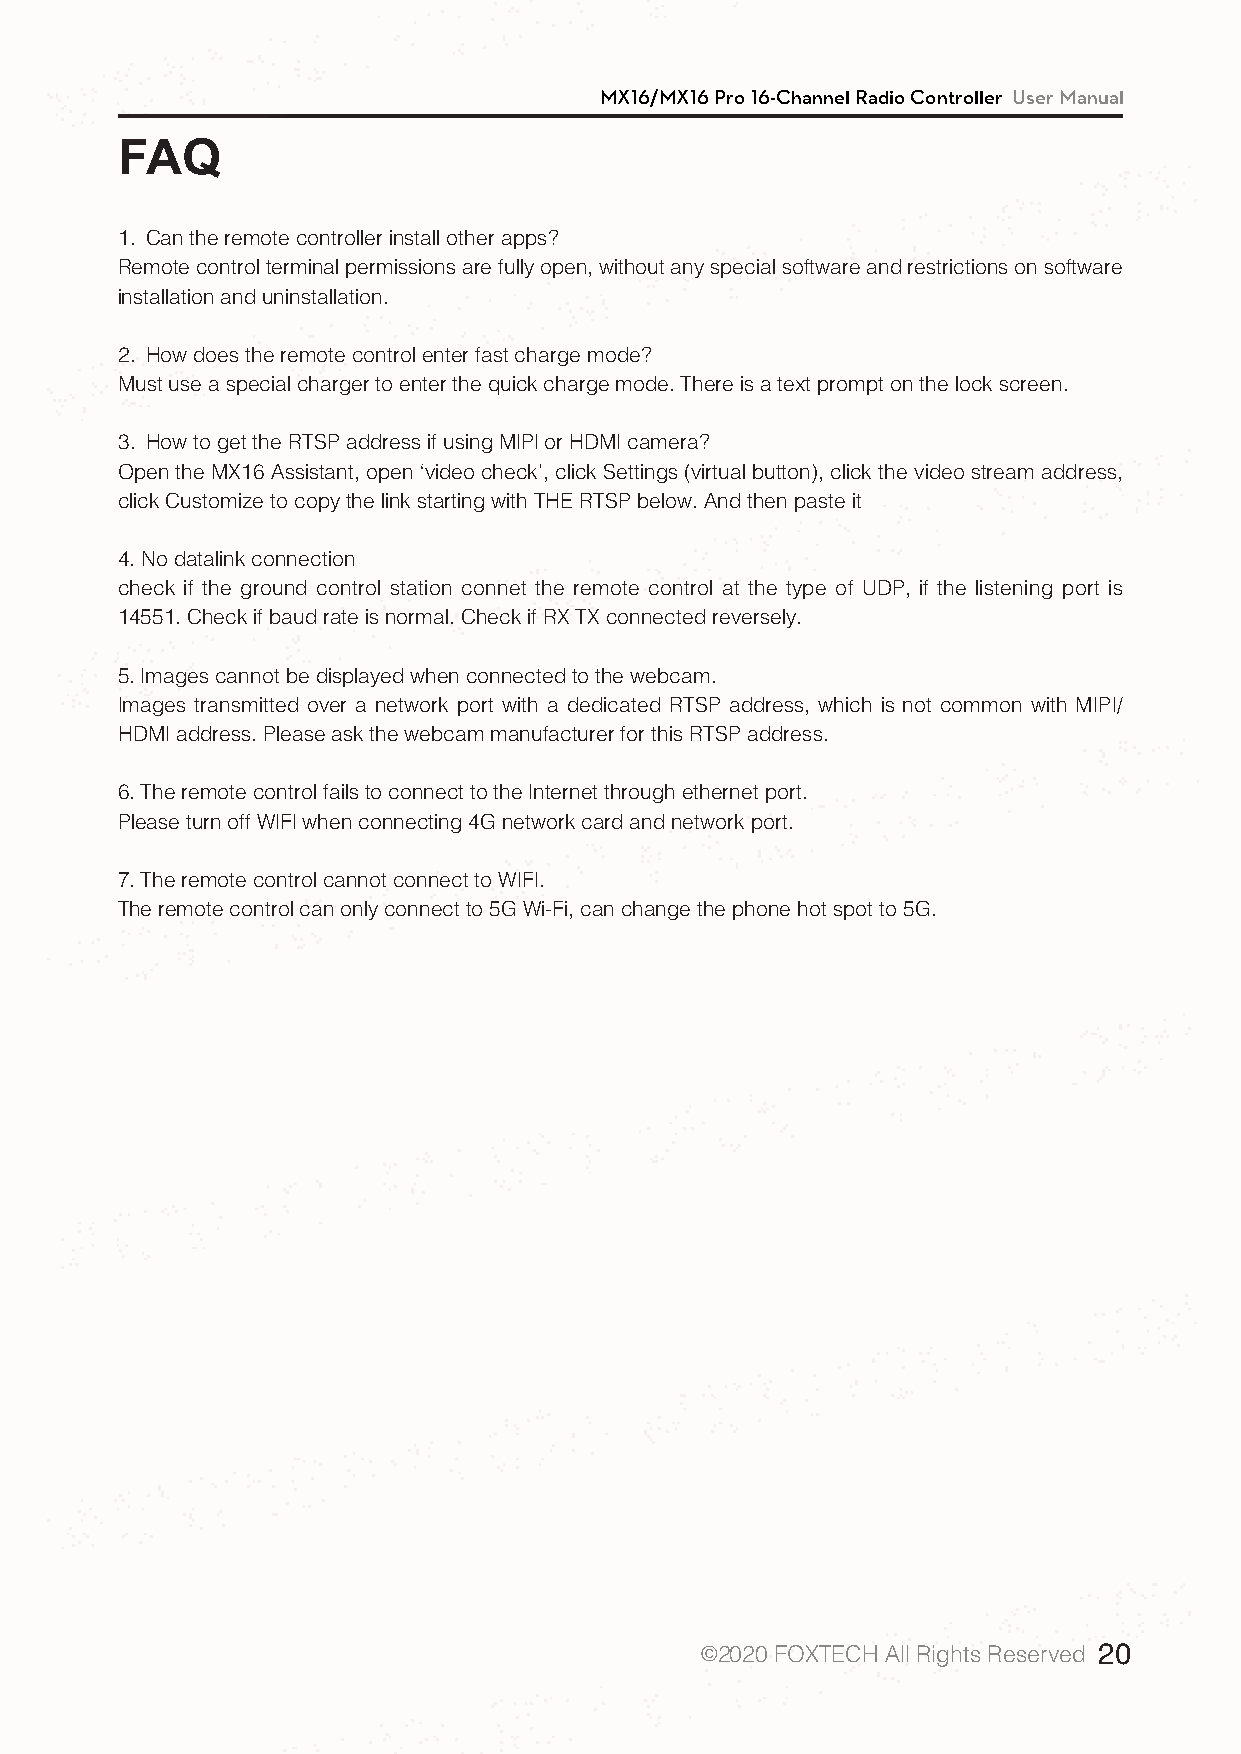
MX16/MX16 Pro 16-Channel Radio Controller User Manual
 FAQ
 1.（Can the remote controller install other apps?
 Remote control terminal permissions are fully open, without any special software and restrictions on software
 installation and uninstallation.
 2.（How does the remote control enter fast charge mode?
 Must use a special charger to enter the quick charge mode. There is a text prompt on the lock screen.
 3.（How to get the RTSP address if using MIPI or HDMI camera?
 Open the MX16 Assistant, open ‘video check’, click Settings (virtual button), click the video stream address,
 click Customize to copy the link starting with THE RTSP below. And then paste it
 4. No datalink connection
 check if the ground control station connet the remote control at the type of UDP, if the listening port is
 14551. Check if baud rate is normal. Check if RX TX connected reversely.
 5. Images cannot be displayed when connected to the webcam.
 Images transmitted over a network port with a dedicated RTSP address, which is not common with MIPI/
 HDMI address. Please ask the webcam manufacturer for this RTSP address.
 6. The remote control fails to connect to the Internet through ethernet port.
 Please turn off WIFI when connecting 4G network card and network port.
 （（
 7. The remote control cannot connect to WIFI.
 The remote control can only connect to 5G Wi-Fi, can change the phone hot spot to 5G.
 ©2020 FOXTECH All Rights Reserved 20